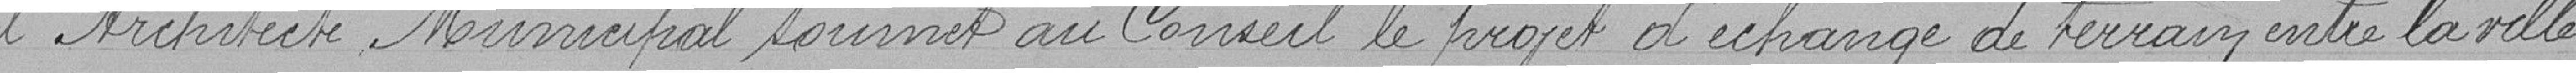
l'Architecte Municipal soumet au Conseil le projet d'échange de terrain entre la ville